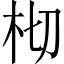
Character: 𣐆